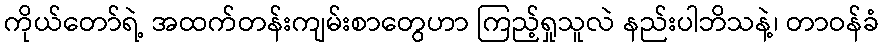
ကိုယ်တော်ရဲ့ အထက်တန်းကျမ်းစာတွေဟာ ကြည့်ရှုသူလဲ နည်းပါဘိသနဲ့၊ တာဝန်ခံ